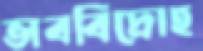
ভাববিদ্রোহ